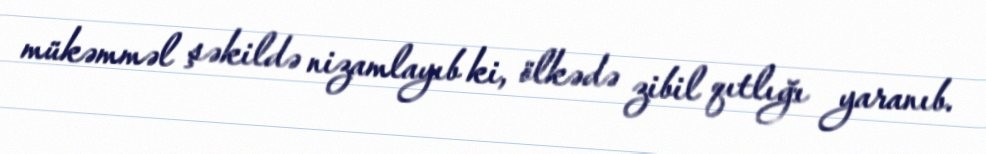
mükəmməl şəkildə nizamlayıb ki, ölkədə zibil qıtlığı yaranıb.